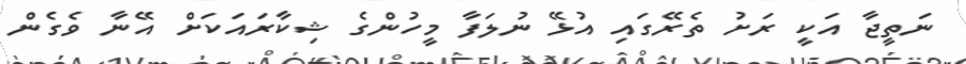
ނަތީޖާ އަކީ ރަށު ތެރޭގައި އުޅޭ ނުލަފާ މީހުންގެ ޝިކާރައަކަށް އޭނާ ވެގެން